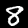
Label: 8